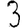
Digit: 3